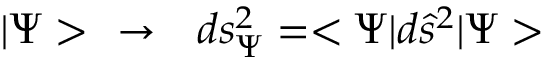
| \Psi > \ \ \rightarrow \ \ d s _ { \Psi } ^ { 2 } = < \Psi | d \hat { s } ^ { 2 } | \Psi >